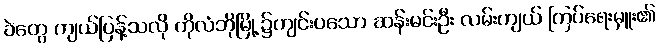
ခဲတွေ ကျယ်ပြန့်သလို ကိုလံဘိုမြို့၌ကျင်းပသော ဆန်းမင်းဦး လမ်းကျယ် ကြပ်ရေးမှူး၏